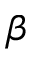
\beta